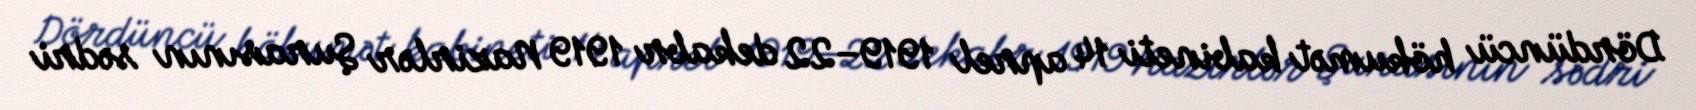
Dördüncü hökumət kabineti 14 aprel 1919–22 dekabr 1919 Nazirlər Şurasının sədri